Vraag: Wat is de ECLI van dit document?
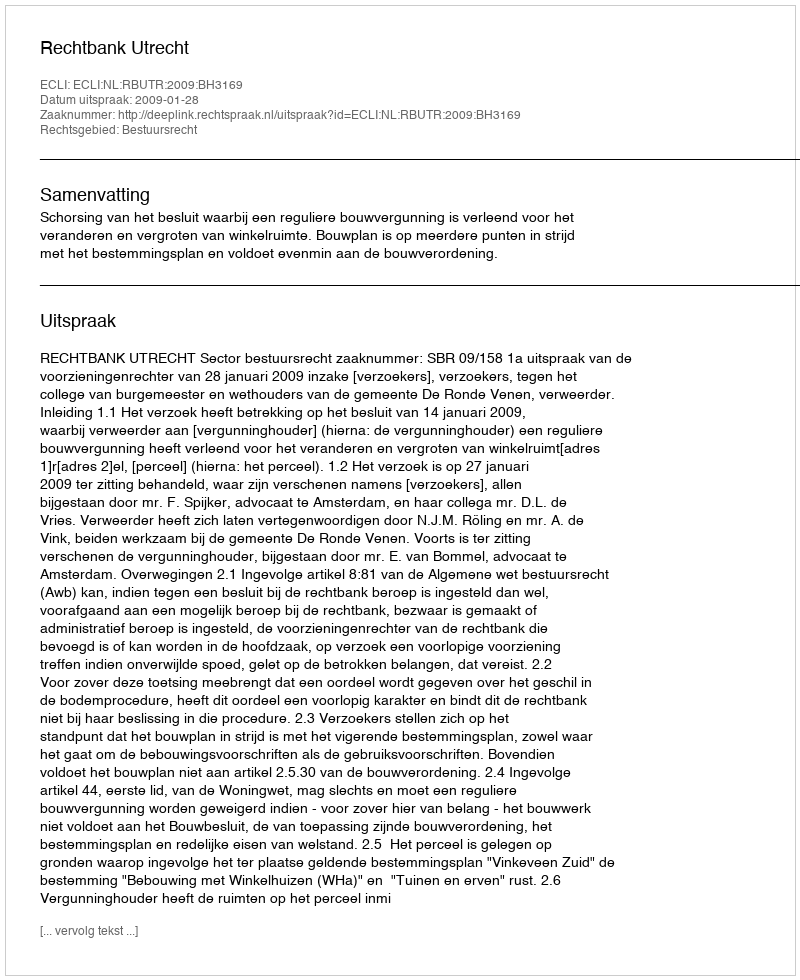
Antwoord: ECLI:NL:RBUTR:2009:BH3169